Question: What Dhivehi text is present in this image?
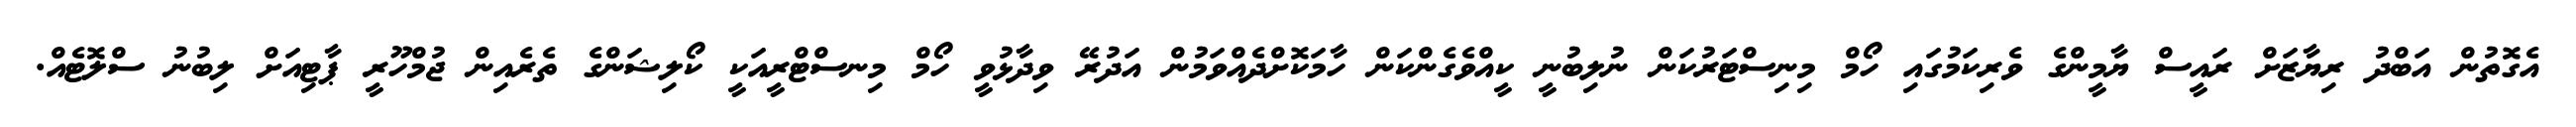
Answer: އެގޮތުން އަބްދު ރިޔާޒަށް ރައީސް ޔާމީންގެ ވެރިކަމުގައި ހޯމް މިނިސްޓަރުކަން ނުލިބުނީ ކީއްވެގެންކަން ހާމަކޮށްދެއްވަމުން އަދުރޭ ވިދާޅުވީ ހޯމް މިނސްޓްރީއަކީ ކޯލިޝަންގެ ތެރެއިން ޖުމްހޫރީ ޕާޓިއަށް ލިބުނު ސްލޮޓެއް.